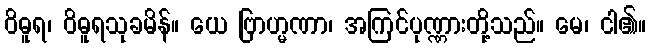
ဝိဓူရ၊ ဝိဓူရသုခမိန်။ ယေ ဗြာဟ္မဏာ၊ အကြင်ပုဏ္ဏားတို့သည်။ မေ၊ ငါ၏။